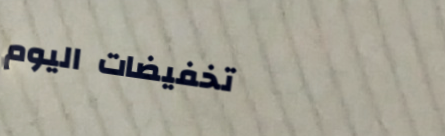
تخفيضات اليوم